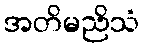
အတိမညိသံ